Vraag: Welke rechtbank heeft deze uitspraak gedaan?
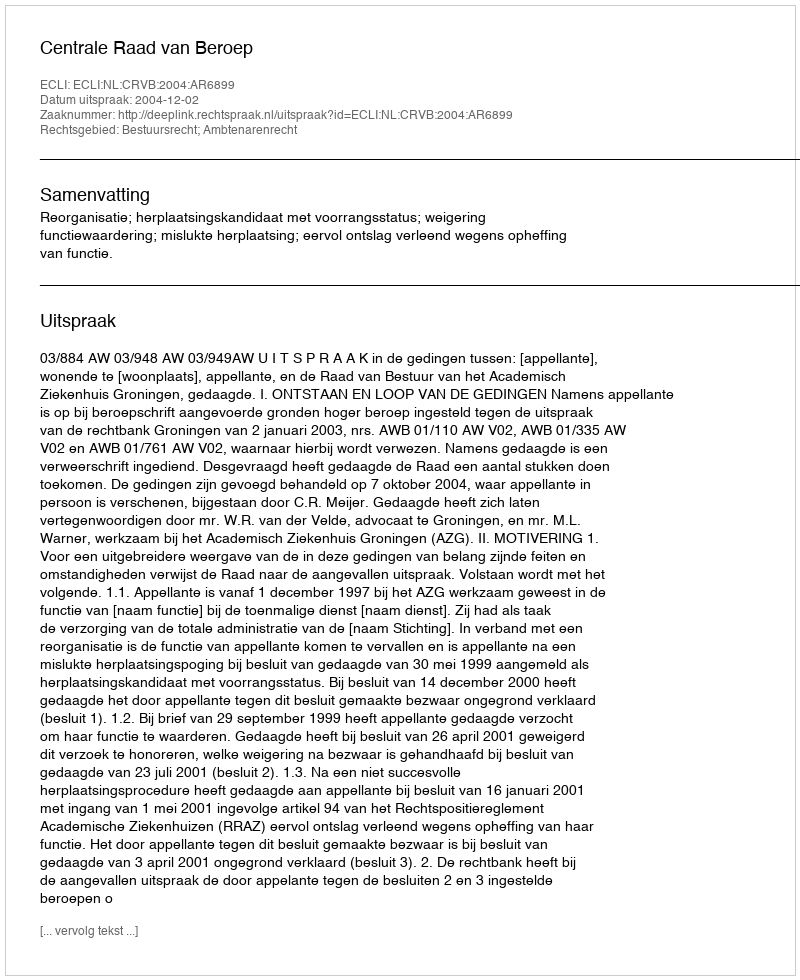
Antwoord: Centrale Raad van Beroep